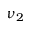
\nu _ { 2 }